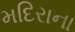
મદિરાના